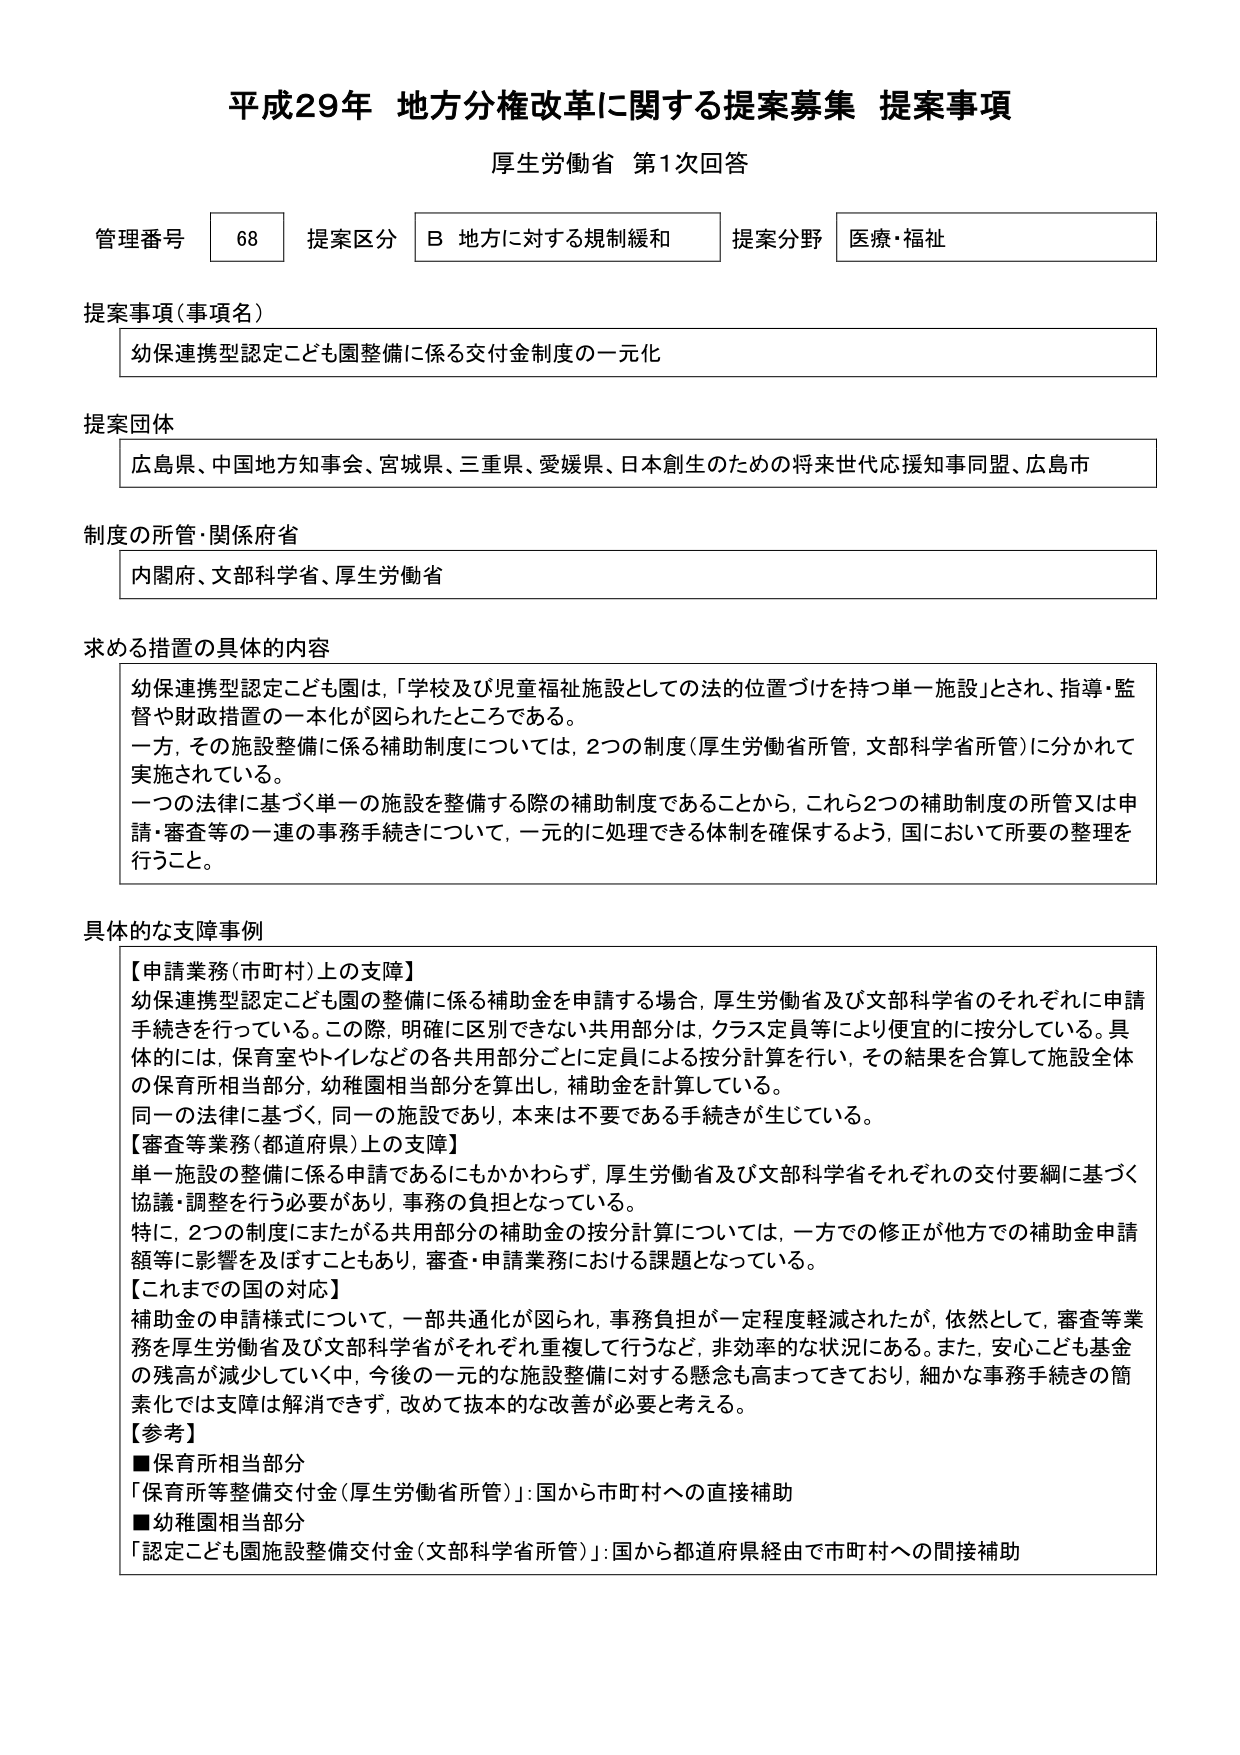
平成29年 地方分権改革に関する提案募集 提案事項
厚生労働省 第1次回答

管理番号 68 提案区分 B 地方に対する規制緩和 提案分野 医療・福祉

提案事項（事項名）
幼保連携型認定こども園整備に係る交付金制度の一元化

提案団体
広島県、中国地方知事会、宮城県、三重県、愛媛県、日本創生のための将来世代応援知事同盟、広島市

制度の所管・関係府省
内閣府、文部科学省、厚生労働省

求める措置の具体的内容
幼保連携型認定こども園は、「学校及び児童福祉施設としての法的位置づけを持つ単一施設」とされ、指導・監督や財政措置の一本化が図られたところである。
一方、その施設整備に係る補助制度については、2つの制度（厚生労働省所管、文部科学省所管）に分かれて実施されている。
一つの法律に基づく単一の施設を整備する際の補助制度であることから、これら2つの補助制度の所管又は申請・審査等の一連の事務手続きについて、一元的に処理できる体制を確保するよう、国において所要の整理を行うこと。

具体的な支障事例
【申請業務（市町村）上の支障】
幼保連携型認定こども園の整備に係る補助金を申請する場合、厚生労働省及び文部科学省のそれぞれに申請手続きを行っている。この際、明確に区別できない共用部分は、クラス定員等により便宜的に按分している。具体的には、保育室やトイレなどの各共用部分ごとに定員による按分計算を行い、その結果を合算して施設全体の保育所相当部分、幼稚園相当部分を算出し、補助金を計算している。
同一の法律に基づく、同一の施設であり、本来は不要である手続きが生じている。
【審査等業務（都道府県）上の支障】
単一施設の整備に係る申請であるにもかかわらず、厚生労働省及び文部科学省それぞれの交付要綱に基づく協議・調整を行う必要があり、事務の負担となっている。
特に、2つの制度にまたがる共用部分の補助金の按分計算については、一方での修正が他方での補助金申請額等に影響を及ぼすこともあり、審査・申請業務における課題となっている。
【これまでの国の対応】
補助金の申請様式について、一部共通化が図られ、事務負担が一定程度軽減されたが、依然として、審査等業務を厚生労働省及び文部科学省がそれぞれ重複して行うなど、非効率的な状況にある。また、安心こども基金の残高が減少していく中、今後の一元的な施設整備に対する懸念も高まってきており、細かな事務手続きの簡素化では支障は解消できず、改めて抜本的な改善が必要と考える。
【参考】
■保育所相当部分
「保育所等整備交付金（厚生労働省所管）」：国から市町村への直接補助
■幼稚園相当部分
「認定こども園施設整備交付金（文部科学省所管）」：国から都道府県経由で市町村への間接補助